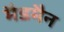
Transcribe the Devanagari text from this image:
मैडमैन